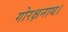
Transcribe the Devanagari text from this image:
गोरक्षनाथ।